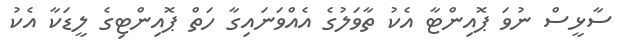
ސާޅީސް ނުވަ ޕޮއިންޓާ އެކު ތާވަލުގެ އެއްވަނައިގާ ހަތް ޕޮއިންޓިގެ ލީޑަކާ އެކު